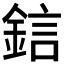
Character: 𨦼